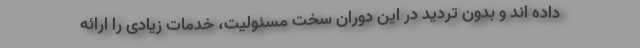
داده اند و بدون تردید در این دوران سخت مسئولیت، خدمات زیادی را ارائه